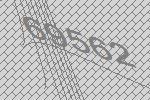
69562